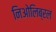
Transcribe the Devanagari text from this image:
निओलिब्रल